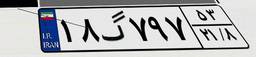
۷۲گ۷۸۰۸۸